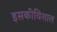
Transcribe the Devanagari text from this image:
इसकीविशाल